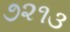
૭૨૧૩